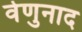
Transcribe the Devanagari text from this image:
वेणुनाद